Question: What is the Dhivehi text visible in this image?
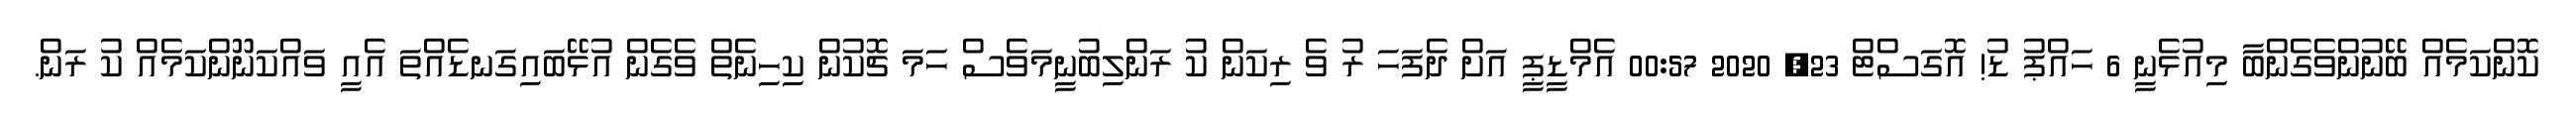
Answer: ކޮންކަމެއް ބޭނުންވެގެންބާ މިއުޅެނީ 6 ހައްޕު ޑު! އޮގަސްޓް 23, 2020 00:57 އެމްޑީޕީ އަށް ދެފަހަ ރު ވެ ރިކަން ކު ރަންލިބުނީމަވެސް ހަމަ ޗޮކުން ކިހިނެތް ވެގެން އުޅޭބައިގަނޑެއްތަ އެއީ ވައްކަނޫންކަމެއް ކު ރަން.